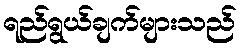
ရည်ရွယ်ချက်များသည်